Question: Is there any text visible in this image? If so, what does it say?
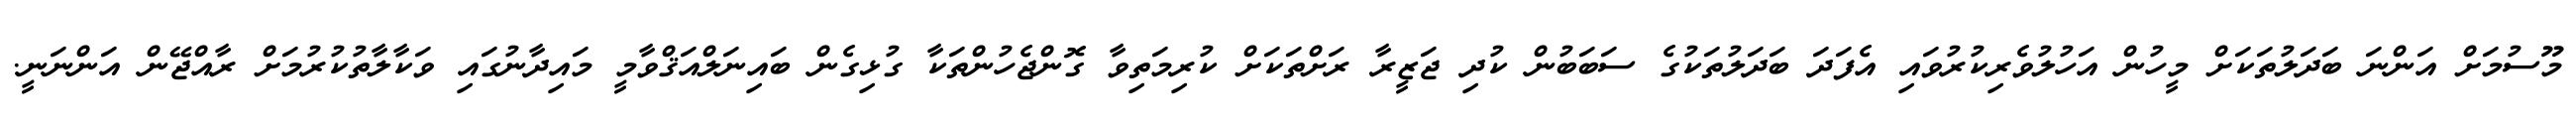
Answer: މޫސުމަށް އަންނަ ބަދަލުތަކަށް މީހުން އަހުލުވެރިކުރުވައި އެފަދަ ބަދަލުތަކުގެ ސަބަބުން ކުދި ޖަޒީރާ ރަށްތަކަށް ކުރިމަތިވާ ގޮންޖެހުންތަކާ ގުޅިގެން ބައިނަލްއަޤްވާމީ މައިދާނުގައި ވަކާލާތުކުރުމަށް ރާއްޖޭން އަންނަނީ.